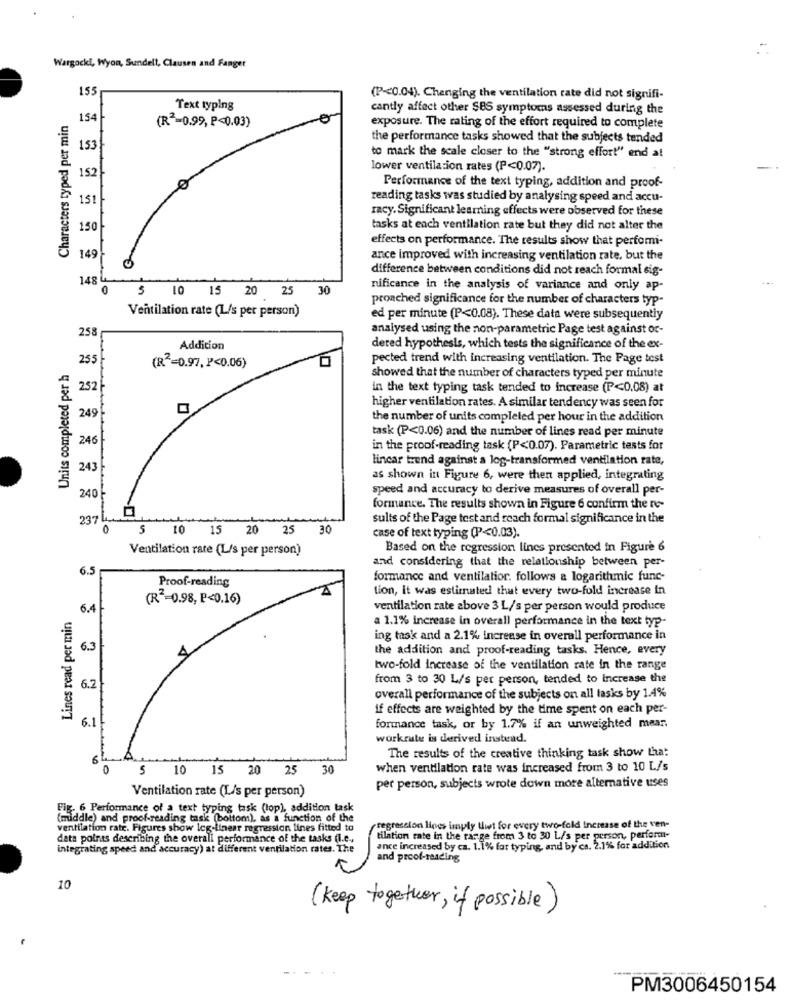
Wargocki, Wyon, Sundell, Clausen and Fanget
155
(P<0.04). Changing the ventilation rate did not signifi-
Text typing
cantly affect other SBS symptoms assessed during the
Characters typed per min
154
(R -= 0.99, P<0.03)
er
exposure. The rating of the effort required to complete
the performance tasks showed that the subjects tended
153}
to mark the scale closer to the "strong effort" end at
152
lower ventilation rates (P<0.07).
Performance of the text typing, addition and proof-
151
reading tasks was studied by analysing speed and accu-
racy. Significant learning effects were observed for these
150
tasks at each ventilation rate but they did not alter the
effects on performance. The results show that perfomi-
149
ance improved with increasing ventilation rate, but the
difference between conditions did not reach formal sig-
148
0 5 10 15 20 25
30
nificance in the analysis of variance and only ap-
proached significance for the number of characters typ-
Ventilation rate (L/s per person)
ed per minute (P<0.08). These data were subsequently
258
analysed using the non-parametric Page test against or-
Addition
dered hypothesis, which tests the significance of the ex-
255
pected trend with increasing ventilation. The Page test
Units completed per h
(R == 0.97, P<0.06)
showed that the number of characters typed per minute
252 -
in the text typing task tended to increase (P<0.08) at
249
higher ventilation rates. A similar tendency was seen for
the number of units completed per hour in the addition
task (P<0.06) and the number of lines read per minute
246
in the proof-reading task (P<0.07). Parametric tests for
linear trend against a log-transformed ventilation rate,
243
as shown in Figure 6, were then applied, integrating
speed and accuracy to derive measures of overall per-
240
formance. The results shown in Figure 6 confirm the ro-
237
sults of the Page test and reach formal significance in the
0 5 10 15 20 25 30
case of text typing (P<0.03).
Ventilation rate (L/s per person)
Based on the regression lines presented in Figure 6
and considering that the relationship between per-
6.5
Proof-reading
formance and ventilatior. follows a logarithmic func-
tion, it was estimated that every two-fold increase in
(R *= 0.98, P<0.16)
Lines read per min
6.4
ventilation rate above 3 L/s per person would produce
a 1.1% increase in overall performance in the text typ-
ing task and a 2.1% increase in overall performance in
6.3
the addition and proof-reading tasks. Hence, every
two-fold increase of the ventilation rate in the range
from 3 to 30 L/s per person, tended to increase the
6.2
overall performance of the subjects on all tasks by 1.4%
if effects are weighted by the time spent on each per-
6.1
formance task, or by 1.7% if an unweighted mean.
workrute is derived instead.
6
The results of the creative thinking task show that
0 5 10
15 20 25
30
when ventilation rate was increased from 3 to 10 L/s
Ventilation rate (L/s per person)
per person, subjects wrote down more alternative uses
Fig. 6 Performance of a text typing task (lop), addition task
(middle) and proof-reading task (bottom), as a function of the
ventilation rate. Figures show leg-linear regression lines fitted to
regression lines imply that for every two-fold increase of the ven-
data points describing the overall performance of the tasks (I.e .,
tilation rate in the range from 3 to 30 L/s per person, perform-
integrating speed and accuracy) at different ventilation rates. The
ance increased by ca. 1.1% for typing, and by ca. 2.1% for addition
and proof-reading
10
(keep together, if possible)
PM3006450154